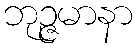
ဘုဉ္ဇမာနာ